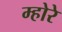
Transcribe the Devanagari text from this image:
म्होरे